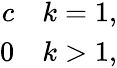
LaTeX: \begin{array}{r}{c\quad k=1,}\\ {0\quad k>1,}\end{array}